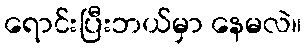
ရောင်းပြီးဘယ်မှာ နေမလဲ။